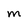
Character: m